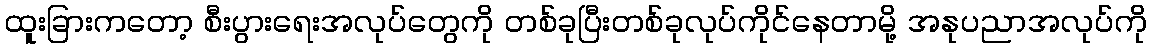
ထူးခြားကတော့ စီးပွားရေးအလုပ်တွေကို တစ်ခုပြီးတစ်ခုလုပ်ကိုင်နေတာမို့ အနုပညာအလုပ်ကို